Annual statistical returns and brief notes on vaccination in Bengal - 1909-1929
Year: 1909
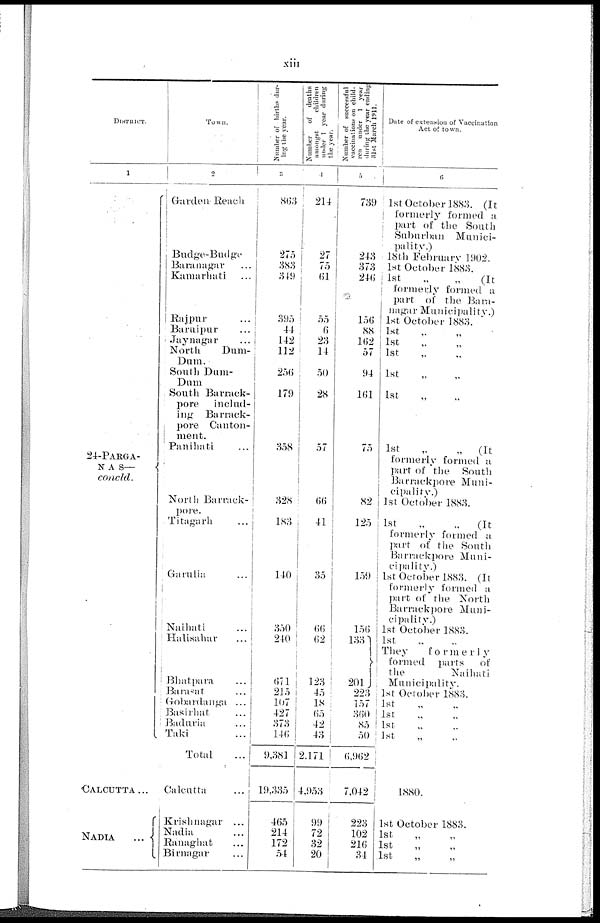
xiii
DISTRICT.
1
24-PARGA-
NAS—
concld.
CALCUTTA...
NADIA
...
Town.
2
Garden Reach
Budge-Budge
Baranagar ...
Kamarhati ...
Rajpur ...
Baruipur ...
Jaynagar
...
North
Dum-
Dum.
South Dum-
Dum
South Barrack-
pore
includ-
ing Barrack-
pore Canton-
ment.
Panihati ...
North Barrack-
pore.
Titagarh ...
Garulia ...
Naihati ...
Halisahar ...
Bhatpara ...
Barasat ...
Gobardanga ...
Basirhat ...
Baduria ...
Taki ...
Total ...
Calcutta ...
Krishnagar ...
Nadia ...
Ramaghat ...
Birnagar ...
Number of births dur-
ing the year.
3
863
275
383
349
395
44
142
112
256
179
358
328
183
140
350
240
671
215
107
427
373
146
9,381
19,335
465
214
172
54
Number
of deaths
amongst
children
under 1 year during
the year.
4
214
27
75
61
55
6
23
14
50
28
57
66
41
35
66 62
123
45
18
65
42
43
2,171
4,953
99
72
32
20
Number of successful
vaccinations on child-
ren under 1 year
during the year ending
Date of extension of Vaccination
Act of town.
5
739
243
373
246
156
88
162
57
94
161
75
82
125
159
156
133
201
223
157
360
85
50
6,962
7,042
223
102
216
34
1st October 1883. (It
formerly formed a
part of the South
Suburban Munici-
pality.)
18th February 1902.
1st October 1883.
1st
„
„
(It
formerly formed a
part of the Bara-
nagar Municipality.)
1st October 1883.
1st „ „
1st „ „
1st „ „
1st „ „
1st „ „
1st
„
„
(It
formerly formed a
part of the South
Barrackpore Muni-
cipality.)
1st October 1883.
1st
„
„
(It
formerly formed a
part of the Soutli
Barrackpore Muni-
cipality.)
1st October 1883. (It
formerly formed a
part of the North
Barrackpore Muni-
cipality.)
1st October 1883.
1st „ „
They
formerly
formed parts
of
the
Naihati
Municipality.
1st October 1883.
1st „ „
1st „ „
1st
„
„
1st
„
„
1880.
1st October 1883.
1st „ „
1st
„
„
1st „ „